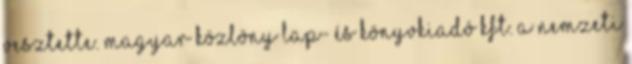
vesztette. Magyar Közlöny Lap- és Könyvkiadó Kft. A Nemzeti